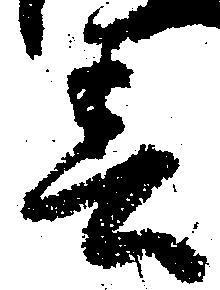
春